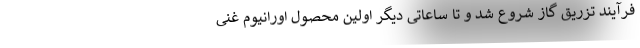
فرآیند تزریق گاز شروع شد و تا ساعاتی دیگر اولین محصول اورانیوم غنی